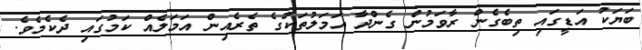
ބަޔަކު އަޑީގައި ތިބެގެން ރާވަމުން ގެންދާ އަމަލުތަކުގެ ތެރެއިން އަމަލެއް ކަމުގައި ދެކެމެވެ.